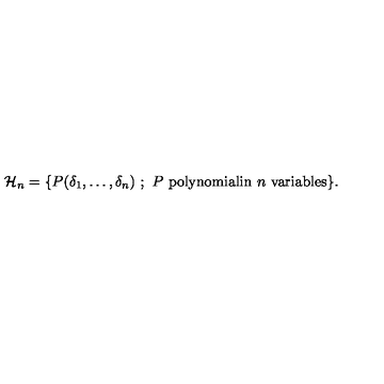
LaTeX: { \cal H } _ { n } = \{ P ( \delta _ { 1 } , \ldots , \delta _ { n } ) \ ; \ P \ \mathrm { p o l y n o m i a l i n } \ n \ \mathrm { v a r i a b l e s } \} .